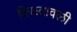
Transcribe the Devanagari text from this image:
विरूदावली